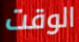
الوقت